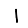
Digit: 1